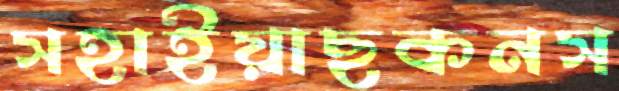
সহাইয়াছকনস